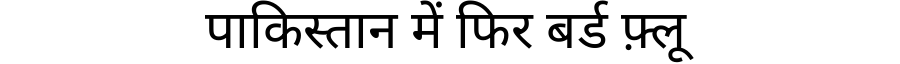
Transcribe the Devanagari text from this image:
पाकिस्तान में फिर बर्ड फ़्लू